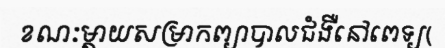
ខណៈម្តាយសម្រាកព្យាបាលជំងឺនៅពេទ្យ(